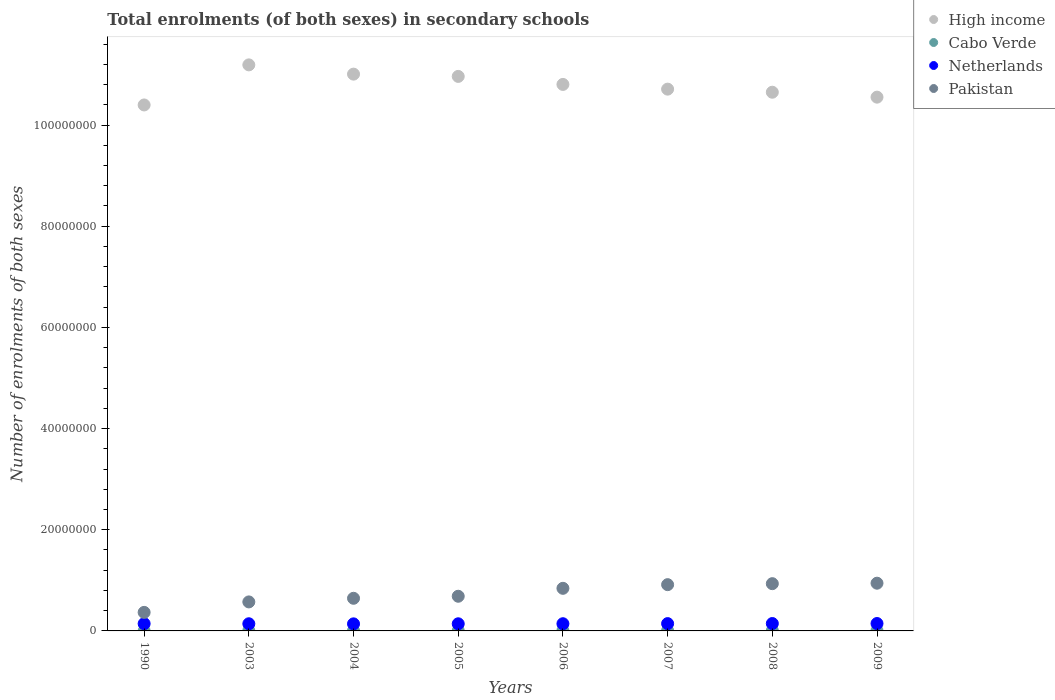
| Years | High income | Cabo Verde | Netherlands | Pakistan |
 | --- | --- | --- | --- | --- |
 | 1990 | 1.04e+08 | 7.87e+03 | 1.44e+06 | 3.67e+06 |
 | 2003 | 1.12e+08 | 4.95e+04 | 1.42e+06 | 5.73e+06 |
 | 2004 | 1.1e+08 | 4.98e+04 | 1.4e+06 | 6.45e+06 |
 | 2005 | 1.1e+08 | 5.27e+04 | 1.41e+06 | 6.85e+06 |
 | 2006 | 1.08e+08 | 6.15e+04 | 1.42e+06 | 8.42e+06 |
 | 2007 | 1.07e+08 | 6.08e+04 | 1.44e+06 | 9.15e+06 |
 | 2008 | 1.06e+08 | 6.19e+04 | 1.46e+06 | 9.34e+06 |
 | 2009 | 1.06e+08 | 6.08e+04 | 1.46e+06 | 9.43e+06 |